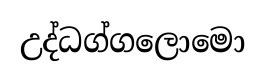
උද්ධග්ගලොමො